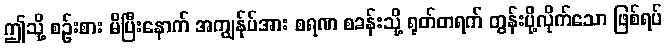
ဤသို့ စဉ်းစား မိပြီးနောက် အကျွန်ုပ်အား စရဏ စခန်းသို့ ရုတ်တရက် တွန်းပို့လိုက်သော ဖြစ်ရပ်